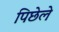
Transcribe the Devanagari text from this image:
पिछेले